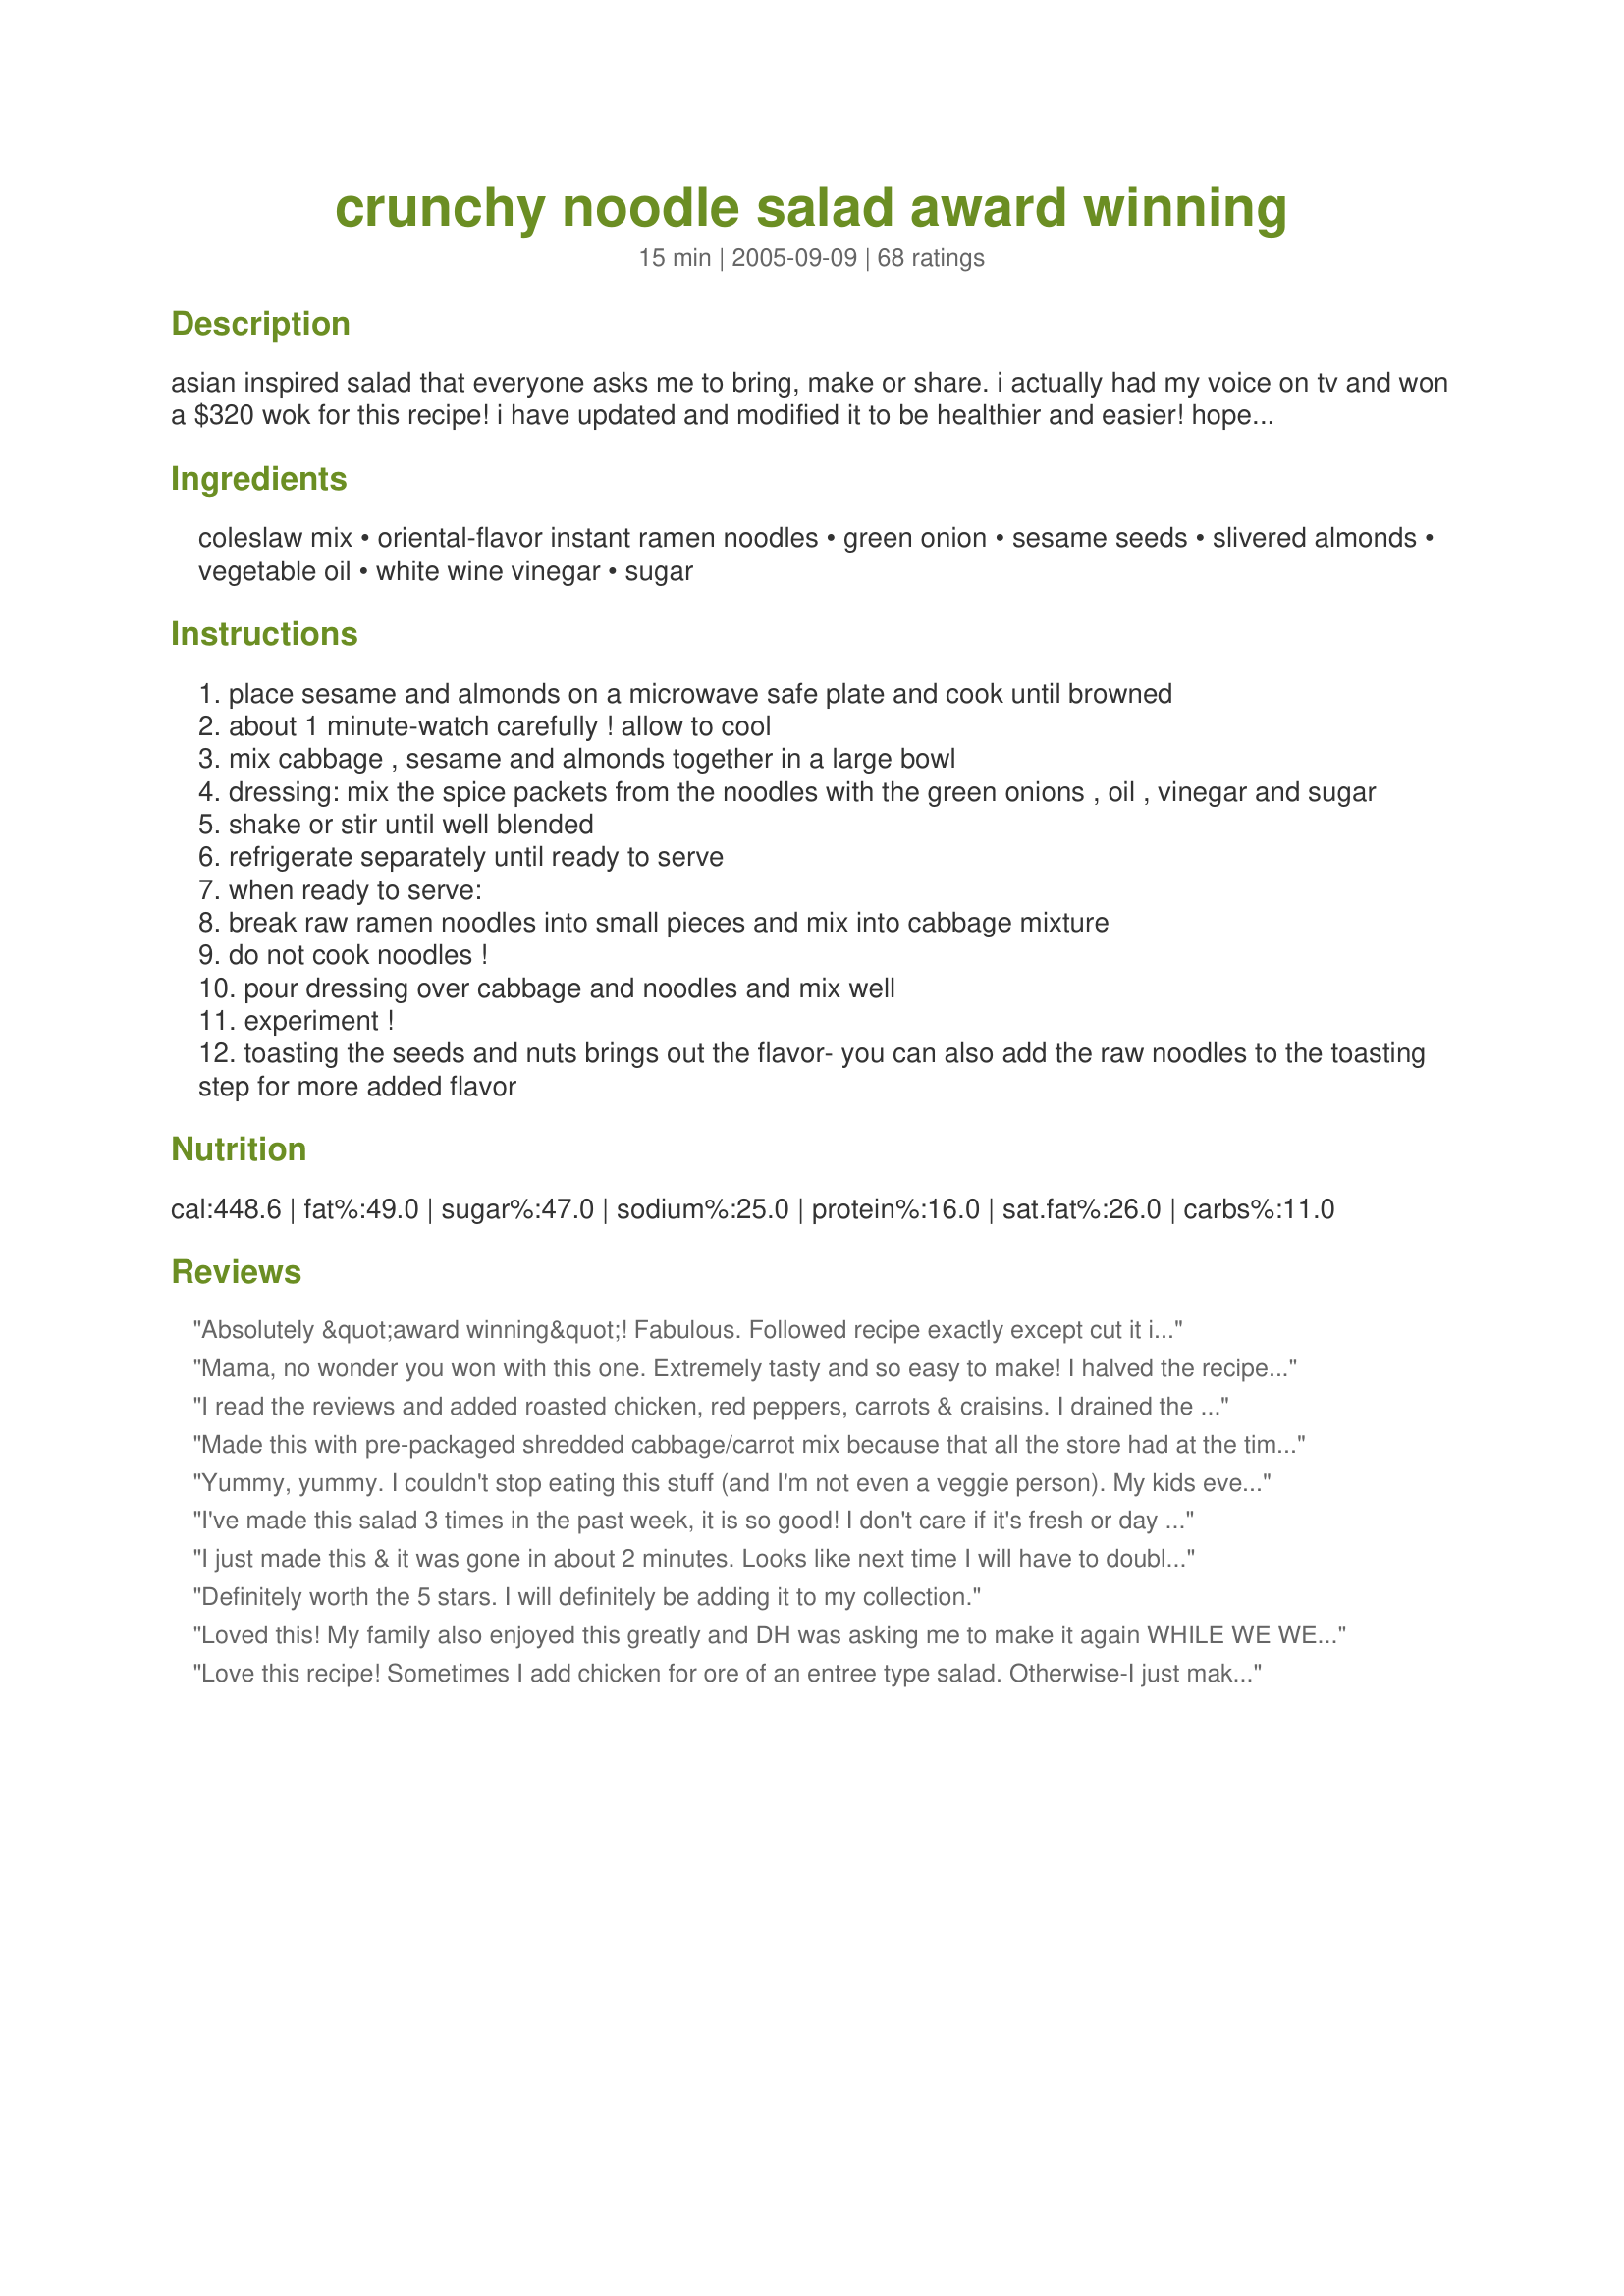
crunchy noodle salad award winning
Preparation time: 15 minutes

asian inspired salad that everyone asks me to bring, make or share. i actually had my voice on tv and won a $320 wok for this recipe! i have updated and modified it to be healthier and easier! hope you like it! submitted for world tour asian and sw catagories as it is very popular here in tx. note: we never liked the 'leftover' salad as the crunchy parts got soggy except for the almonds until i got the bright idea to add the leftover salad to a tortilla and make it into a wrap. (i amaze myself sometimes! lol)
i placed the tortilla/wrapper in a skillet and flipped after the first side was warmed. laid some sliced sandwich meat -whatever you like- on the warmed side and let the new side warm. remove from pan and add leftover salad- drain any dressing from it to get it a little drier. roll up and serve- wow! try adding other stuff to it as well. we liked raisins, dried cranberries, shredded carrots, chopped celery etc...

salad recipe can also be found on: greatdayamerica.com

Ingredients:
coleslaw mix, oriental-flavor instant ramen noodles, green onion, sesame seeds, slivered almonds, vegetable oil, white wine vinegar, sugar

Steps:
place sesame and almonds on a microwave safe plate and cook until browned
about 1 minute-watch carefully ! allow to cool
mix cabbage , sesame and almonds together in a large bowl
dressing: mix the spice packets from the noodles with the green onions , oil , vinegar and sugar
shake or stir until well blended
refrigerate separately until ready to serve
when ready to serve:
break raw ramen noodles into small pieces and mix into cabbage mixture
do not cook noodles !
pour dressing over cabbage and noodles and mix well
experiment !
toasting the seeds and nuts brings out the flavor- you can also add the raw noodles to the toasting step for more added flavor

Reviews:
Absolutely &quot;award winning&quot;! Fabulous. Followed recipe exactly except cut it in half because there is only 2 of us! YUMMYLICIOUS!!!!! Oh, and I didn&#039;t use 2 ozs of seasame seeds as my bottle only had 2.4 oz in the whole jar!! Don&#039;t change a thing! Can&#039;t wait to make again!&lt;br/&gt;Thanks much Hope!
Mama, no wonder you won with this one. Extremely tasty and so easy to make! I halved the recipe for DH and I and he polished off most of that. Thanks for this one, it'll come into great use for summer!
I read the reviews and added roasted chicken, red peppers, carrots & craisins. I drained the shredded carrots Toasted the noodles & almonds. Wonderful, wonderful!!
Made this with pre-packaged shredded cabbage/carrot mix because that all the store had at the time and added broccoli florets also. I used rice vinegar instead of cider or white wine vinegar. Also grilled up some asian marinated chicken breasts to top this salad with. This is an awesome recipe! A miriad of tastes going on in this yummy recipe. Thank you for sharing.
Yummy, yummy. I couldn't stop eating this stuff (and I'm not even a veggie person). My kids even liked it and that's saying something. I actually like this better the 2nd day. True, the noodles aren't as crisp, but I think it tastes more vinegary before everything soaks in. I like it best after the flavors have had a chance to blend. GREAT idea with the wrap! We had leftover chicken and it was terrific. Great way to sneak vegetables in on the kids!
I've made this salad 3 times in the past week, it is so good! I don't care if it's fresh or day old, the flavor is awesome and it's pretty cheap to make.
I just made this & it was gone in about 2 minutes. Looks like next time I will have to double or triple it. :)
Definitely worth the 5 stars. I will definitely be adding it to my collection.
Loved this! My family also enjoyed this greatly and DH was asking me to make it again WHILE WE WERE EATING IT STILL!! I made this and added seasoned, grilled chicken breasts to make it a main dish. Definitely a keeper that will be made again!! I regularly make this with cranberries,and alternate with chicken for a main dish. This has become a VERY requested dish in my household!!!! Making tonight again -made for Father's Day....I make it all the time!!!! THANK YOU so much for this one!!!
Love this recipe! Sometimes I add chicken for ore of an entree type salad. Otherwise-I just make as is & use for everything from BBQ's to Bridal/Baby Showers! Always a HIT!!
This was so yummy...I ate the entire batch myself!! Very easy, I had everything right in my fridge...I used shrimp and oriental flavored ramen and it was out of this world. Next time I will use a little less ramen and a little more cabbage, but that is just my preference...Great Recipe!!
I've made this for years. I can't remember where the recipe came from. The only changes I've ever made were really additions. We love cashews so I ad sometimes. If I have leftover white meat chicken I'll add some and then it's our main dish. I just love it!
I've made similar recipes before and loved them, but this is the first time I've added the seasoning packet from the Ramen! I also added dried cranberries as you suggested and they are out of this world when they soak up the dressing. I served this with chicken fajitas and it tasted good kind of mixed with my rice, too!

Roxygirl
This is fantastic! Wonderful combination with or without my extra little additions!!~
I just added edamame, broccoli florets and snuck in a teaspoon of peanut butter in the sauce (maybe with a hint of lime juice)....
This is a keeper. We had guests for dinner and I was amazed and pleased at how many had seconds -- should have doubled the recipe. It was a huge success. Been looking for a delicious cole slaw recipe for a long time and this is it. Thank you Mamma's Kitchen.
I&#039;m a little shocked at what a hit this was at my work&#039;s pot luck. I mean RAVE reviews. I made a few minor tweaks (added a spash of soy sauce to the dressing, used Splenda/sugar mix and squeezed one fresh lime over the final product) and it was delish. I also threw in a bunch of extra veggies (red and yellow bell peppers, edamame, shredded carrot) for flavor/color/nutrition. Will definitely make again. So easy!
Mmmmmm.....so good. We loved loved loved this salad. I made this last night with some cabbage I needed to use up and we enjoyed this very much. Thank you so much for sharing with us.
DAANKK. super awesome. eat this NOOOWW. i like black sesame seeds so it looks fancy
Made it today...everyone liked it! I toasted the noodles, the sesame seeds and the almonds. Instead of oil, I used water to make it lighter. I had cabbage so I used about 1/2 head. I loved it...so crunchy and tasty. The noodles add an incredible touch! Addictive...really. Thanks :)!
This recipe deserves way more than 5 stars! We went back to eat more after dinner and it was even better. My husband asked if we can make it again this weekend. I sliced some roast chicken on the top and it was great. I really do think this is one of the best salads I have ever had. Thank you!!!
Delicious! Something a little different but really yummy. I made this for our Christmas barbecue 2008, it was really popular and got a lot of comments. I used canola oil for the dressing but topped it up with a little sesame oil. Thanks for sharing.
Delicious salad with flavors reminding me of Thai food. The cooked almonds added a smoky flavor to the sweet/sour flavor of the sugar and vinegar. The Raman noodles added a great texture to cabbage. Additionally, dried cranberries were added to the version I tasted which enhanced the flavors.
My DH gave this salad five stars; I gave it three, so I compromised at four. I followed the directions, but I think it would have been better to add the dressing to the salad and refrigerate for about an hour to blend flavors. Thanks for sharing!
This was very good. It could have used more flavor, but I think I may have just used too much cabbage. I used a whole head. I will probably try it again. Other than that, it was tasty.
I love this recipe! I think the ramen is a much healthier choice than chow mien noodles which are fried and go stale quickly. I think it is appropriate to mention that some package ramen has from 500 to over 3000 mg of sodium per package! One package can be 1/2 to triple the daily recommended maximum of sodium. Just a note for those on a low sodium diet. I buy Sapporo Ichiban and the chicken flavor has about 500 mg of salt per package. Those ramen that have no MSG may also have a higher level of salt.&lt;br/&gt;For this recipe 127 grams is a serving and this is almost 4.5 ounces with sodium at over 600 mg for one serving! Over half the calories in a serving are fat. I will try to find a way to cut the fat, sodium and sugar in this particular recipe as we are older and not as active.
Meh. It tastes just like you would expect a salad made primarily from Ramen to taste. No surprise there. I trusted the reviews and was disappointed. I used about 2 TB of toasted sesame oil and filled out the rest with vegetable oil for added flavor. I also julienned an orange bell pepper and some carrots since I chopped up cabbage (versus the pre-cut mix). I did toast the almonds and sesame seeds and that does make a HUGE difference. However, I tried the microwave method and watched very carefully. It took 8 minutes for the nuts and seeds to even begin to develop color. I made sure that they were spread evenly around the plate, too. I won&#039;t make this again. It&#039;s not worth the calories and holy COW are there calories.
This was a tasty crispy noodle salad. I only used half the amount of sesame seed oil to try to keep the fat & calories down but the noodles were just right for us & the flavor balance was still great. I also left out a little bit of the seasoning packet & used Splenda instead of sugar. I found that the more I ate it, the more I wanted to eat! If I'd had a fork at the bowl there probably wouldn't have been any left! I also love how versatile it is and I think I'll toss in some peas & chicken next time. Only down side for me is that it isn't the most diet friendly but it's a great meal to have now and then or to add as a side. Thank you so much!
Wonderful...easy and delicious. I have made this twice, the first time as written, and today with some of the suggested variations, and we devoured this salad both times. 
Much appreciated...you deserved your prize!
Love the salad. I don&#039;t wait however, as suggested and mix it up right away. I like it when the noodles lose some of the crunch. To me it tastes even better the next day. Have done it several times now. For some reason you can eat huge quantities of it and never get tired of it. Just genius.
Wonderful dish!! Easy to prepare and great to eat. Plus no cooking!! We had the leftovers for lunch the next day. And although the noodles had lost their crunch, it still had its great taste. Thanks !!
Perfect! Just perfect! I love that this is so easy and cheap to make. My ten year old daughter won't eat salad but she loves cabbage, she loves this! Thank you for this wonderful recipe.
This is an old standby recipe in my house. I have made it for years for ladies lunches and for dinners with my husband. I never use the flavor packets because they have added chemicals that you do not need. So instead of white vinegar I use rice wine vinegar, either plain or flavored. That adds an extra zip. I do not add the dressing until just before I serve it. I too will add chicken or shrimp to make it a complete meal.
I have made this three separate times for large group gatherings, doubling &amp; tripling &amp; more as needed for groups of 20 - 80 people. It always looks so bland at first, but is DELICIOUS as you let it sit and the flavors intensify. It is MUCH better if the almonds and sesames are well toasted. I also make the dressing earlier and refrigerate it. Thanks for this recipe!
I made this for a potluck and let me say it is *wonderful* I loved the toasted almonds and seseame seeds. The dressing well, I had a little problem, BUT I fixed it. Made the salad ahead of time as well as the dressing and refrigerated it to throw together at the last minute. The dressing did harden up in the refrigerator so I put it in the microwave for a minute or so, it came out like a glaze, was so yummy I think I will make it like this again ;) It was a hit of the potluck and a *keeper* in my book. Thanks for sharing your prize winning recipe! ~V
This recipe floats aroung my town too. It's a strange combo of ingredients but it is really tasty!
i sa this salad, with chicken, in a deli window, and went home and copied as much as i could remember, and came out with almost exactly what you have here, though i use seaasoned rice vinegar. ad i dont use the noodle spice packet- i never liked ramen! just the vinegar, sesame oil, and garlic and salt and pepper and sugar. a definite keeper!
Made a similar one and loved it. My trick is to toss the cabbage and green onions with the dressing. I have all the crunchy bits in small containers and they are added to individual servings. Not that there are many leftovers with this dish:)
I love recipes that makes my husband beg me to make again and again. I made this last night and he is already asking when I am I going to make it again....5 stars!!!! As with all the other great cooks (reviewers) here, I took liberties with this recipe. I hope you don't mind this, Mama Hope. Followed the recipe but this is how I tweeked it... To start with, I purchased 1- 10 oz. bagged pre-shredded cabbage slaw, it was an "Angel Hair" cut that had no other veggies with it....yum. Just cabbage finely shredded. Toasted everything.....except the sesame seeds as they already were. Halved the oil, gave a couple of shakes from the sesame oil bottle, for more flavor, as I already put in toasted seeds in. Used Splenda as suggested. Used 1 and half of the noodles and only 1 of the soup stock packages as that is where all the sodium hides for me....still tasty. Hand shredded in two breasts off of a store bought rotisserie chicken....yep, still more chicken left to make more of this great salad tomorrow......I can't wait! Thanks!!
The flavor was pretty good, but the raw noodles were a little to weird for me. Next time I will substitute crunchy chow mein noodles instead, like the canned La Choy brand. Great concept though.
Love this salad Mamma...I just threw all the nuts seeds and noodles onto a pie plate and toasted them all in the oven. Yummy!!! Try adding left over grilled chicken.
Sooooooo good! I wish I could rate this much more than 5 stars! cabbage is my favorite veggie, I added in toasted walnuts in place of the almonds. What a great lunch! Mama, another winner! thanks for posting this recipe, this will be a repeater!...Kitten:)
This was wonderful! I added the cooked chicken, sunflower seeds and the cranraisins. But I did cheat; I made it with Kraft's Signature Asian,Sesame dressing.
What a taste sensation. I will surely be making this again and again.Thanks so muchfor posting your award winning recipe.
Rita
I was skeptical that I would like this, but because it was posted by mama's kitchen, I wanted to give it a go. I was not disappointed! It was well received by both sides of the family, and that is a rarity! Thanks for such a easy and delicious salad!
This is a good ramen noodle salad. I'm looking for one with a sweeter dressing, though. I think I would leave out some of the seasoning packet next time because it made it a little bit too salty for my taste. Thanks!
This recipe was my contribution to a potluck I attended this week, and I'm pleased to say, that it was a complete success. I followed the recipe as written, except I cheated and used Kraft Asian Sesame Dressing...and did not include the Ramen seasoning package. I'll definitely be making this recipe again. Thanks to Mama's Kitchen for the recipe, and thanks to Sage for the dressing suggestion.
I made this tonight and it was sensational. I did however forget to put the sesame seeds in and I used half the amount of sesame oil and made up the other half with vegetable oil. The flavours were incredible. I will definately make this again.
This came out awesome. I made it for a party at my house, and the following weekend someone asked me to bring it to another party. Absolutely Yummy.
This was a pretty good recipe, I especially liked the tangy/sweetness that it had. It was super easy to make, and went over well with the family. Thank you for sharing this recipe!
I highly recommend trying this out, you will not be disappointed! I found this recipe a few years ago and have made it dozens of times since. Since then I have adapted it a little. You can see my adapted version here: http://fawnoverthisdish.blogspot.com/2011/07/crunchy-cabbage-salad.html
Added shredded chicken and made it a meal. I wish that I could have given this more than 5 stars. Thanks!!!! Alan
This is my Husband's favorite! He makes me bring it to everything! I did up the vinegar and cut some of the sugar.
Made this last sunday and we all loved. Making again this sunday. I did use turkey bacon.
I served this for a get together and the women all loved it. I did toast the ramen and that really added a nice flavor.I also added craisins. My only issue with this recipe is the amount of fat it contains. I felt kinda guilty while eating it. I did use the leftover salad for wraps which were yummy. Thanks for posting the recipe!
I loved this! I did not have white wine vinegar so I used apple cider vinegar. I gave my mom some as a side dish for her dinner and she said it was good however, I was a hog and ate the rest by myself the next day!
My favourite salad noodles so far.... I didn't modify it and tastes just perfect.
Fun recipe! Made it yesterday night for Super Bowl to accompany some ribs. It was well received. I used napa cabbage and red cabbage. . .then threw in some green bell pepper that needed a home. I also had to use red onion as I was out of green onions so I only used about 1.5 T of onion which was perfect. I used the Stevia option to decrease calories and I used just a touch of sesame oil which gave it a depth of flavor. I felt this was better after having set for about 45 minutes at room temp. Thanks for posting, Mama!!!
I make this often, every 2 or 3 weeks. It’s good as is, but there are a few things I change about the recipe which in my opinion make it better. Instead of using straight vegetable oil I make 1/3 of it sesame oil. I substitute peanuts for the almonds, toast them a little in the oven, and break them up a bit before adding to the salad. I cut chicken tenderloins and thighs into strips, marinate them in oyster sauce, a little water to thin it, sesame oil, and minced ginger and garlic, then bake it in a shallow pan until done. Chop the chicken and add the pan juices and ginger/garlic bits to the dressing. With chicken added it makes a great lunch.
Mmm, this salad is so yummy. I was looking for a quick easy dinner, using cabbage from the garden. I deboned and chopped a rotissery chicken from the store, and tossed it in the salad. What a nice refreshing dinner!
Fabulous! I'd first heard of this recipe way, way back in the late 80s, but I had never made it. I used pecans instead of almonds because that's what I had, and it turned out just fine. Toasting the nuts and seeds in the microwave is a huge help. Definitely part of my salad recipe roster now.
I served this at my 4th of July picnic and it got RAVE reviews. Everyone was flumoxed about the ingredients and were surprised to see raman in something that tasted so good. A ton of people brought leftovers home with them. The only changes I made were to halve the amount of sesame seeds and use veggie broth instead of the ramen broth to make it fit for the vegetarians.
Best salad ever! I dont eat salads, I never eat my vegetables, but this... this is soooo yummy. I made it during ramadan, and I cannot wait to have the left overs today. I followed the recipe exactly but i didnt have white wine or cider vinegar, so i mixed 1/6 cup rice venegar with 1/6 white vinegar, and it came out great. You didn't deserve to win a wok for this recipe you you desrerve 2 woks :) THANKS MAMA!
VERY tasty, everyone liked it (even the 15 y/o, & my cabbage & ramen hating MIL)!!
Will make again - maybe with a lil less sugar, but thats just our taste preferance.
Delicious and so simple. I made this for a memorial day BBQ and every bit was eaten. I never knew I could toast the nuts in the microwave. That's so much easier than using the stove... less chance of burning. Thank you!
I remember my sister making this when I was growing up, so I'm glad I stumbled into it. It's simple, inexpensive, and yummy. I love the crunch of the ramen and almonds. I had to improvise with the dressing, cause I made it up before hand, and it got spilled. It was good regardless, so I can image with the right dressing it would be even better.
Very nice and crunchy.
My husband loved it.
Thanks.
Made a small portion of this last nite with half a bag of cole slaw mix.. leftover from mu shu pork the nite before... Found some breaded shrimp in the freezer so topped the salad with those.. Dressing is light and flavorful.. Added some green salad lettuces to the cabbage.. I think almonds and sesame could be toasted, dressing made ahead of time.. Very little to put it together on a shoestring of time.. Would be proud to serve it to spur of the moment company.. Thx.. Nora
Delicious! Made this for our lunch today and I used cabbage, napa cabbage, red/yellow bell peppers, some green and red onion slivers and grated carrots...toasted the almonds, sesame seeds and noodles. I did use rice vinegar and added some sesame oil to the regular vegetable oil. DH and I totally loved this salad and will be making this again. Thank you for posting. Made for 2013 Zaar Chef Alphabet Soup tag game.
This was really good! I measured my red and green cabbage by weight and used a small red onion. Reduced the sesame seeds and used cider vinegar. Also used the chicken flavor of ramen and it turned out great. My DH really liked it. My DS was trying to pick out the ramen noodles! LOL Made for Veg@n Swap 5.
